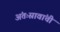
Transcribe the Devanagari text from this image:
अंतःस्रावांची